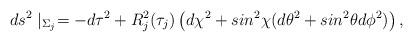
LaTeX: \begin{align*} ds^2\mid_{\Sigma_{j}}=-d\tau^2+R_{j}^2(\tau_{j})\left(d\chi^2+sin^2 \chi(d \theta^2+ sin^2 \theta d\phi^2)\right),\end{align*}